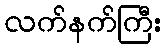
လက်နက်ကြီး